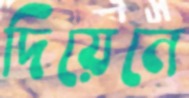
দিয়েনে